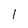
Character: l